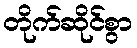
တိုက်ဆိုင်စွာ